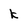
Character: k